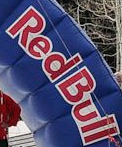
Red Bull